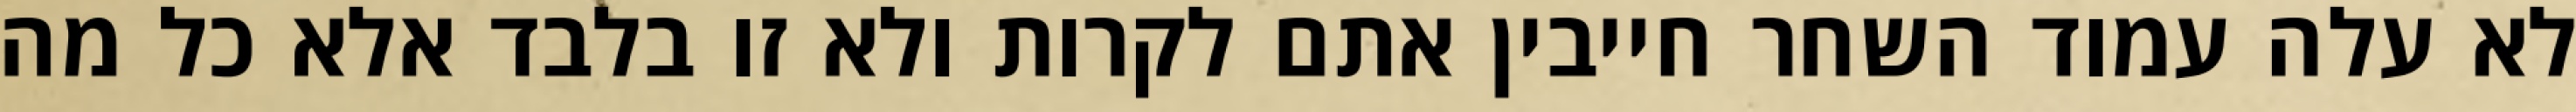
לא עלה עמוד השחר חייבין אתם לקרות ולא זו בלבד אלא כל מה